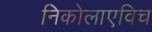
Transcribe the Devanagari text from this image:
निकोलाएविच